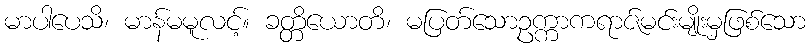
မာပါပေသိ၊ မာန်မမူလင့်။ ခတ္တိယောတိ၊ မပြတ်သောဥက္ကာကရာဇ်မင်းမျိုးမှဖြစ်သော